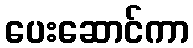
ပေးဆောင်ကာ